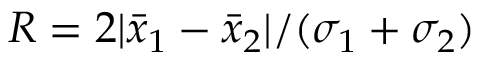
R = 2 | \bar { x } _ { 1 } - \bar { x } _ { 2 } | / ( \sigma _ { 1 } + \sigma _ { 2 } )